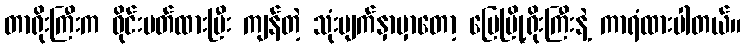
တာရိုးကြီးက ဝိုင်းပတ်ထားပြီး ကျန်တဲ့ သုံးမျက်နှာမှာတော့ မြေမြို့ရိုးကြီးနဲ့ ကာရံထားပါတယ်။